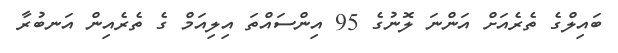
ބައިލްގެ ތެރެއަށް އަންނަ ލޮނުގެ 95 އިންސައްތަ އިލިއަމް ގެ ތެރެއިން އަނބުރާ